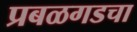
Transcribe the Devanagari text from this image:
प्रबळगडचा